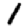
Digit: 1